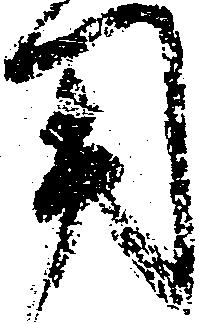
用